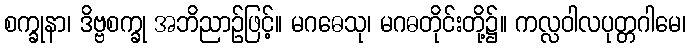
စက္ခုနာ၊ ဒိဗ္ဗစက္ခု အဘိညာဉ်ဖြင့်။ မဂဓေသု၊ မဂဓတိုင်းတို့၌။ ကလ္လဝါလပုတ္တဂါမေ၊